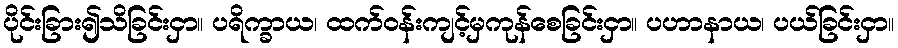
ပိုင်းခြား၍သိခြင်းငှာ။ ပရိက္ခာယ၊ ထက်ဝန်းကျင့်မှကုန်စေခြင်းငှာ။ ပဟာနာယ၊ ပယ်ခြင်းငှာ။